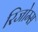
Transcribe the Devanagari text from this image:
रिजोम्‍स